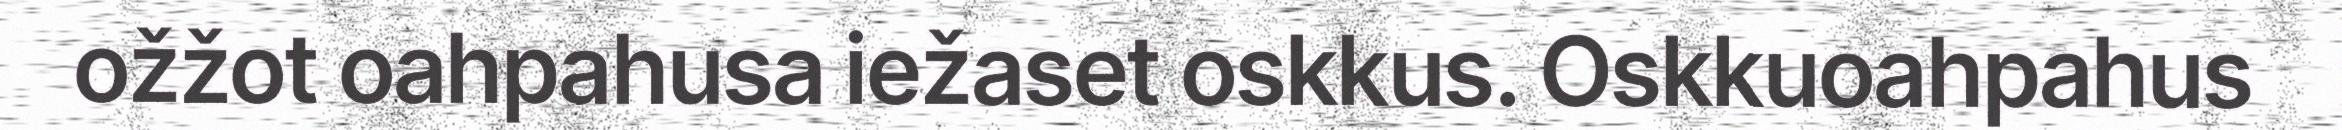
ožžot oahpahusa iežaset oskkus. Oskkuoahpahus